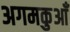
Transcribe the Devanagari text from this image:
अगमकुआँ